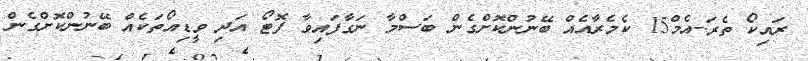
ރައިކޯ ތެރަ-އެމް15 ކެމެރާއެއް ބޭނުންކޮށްގެން ބަސްމާ ނަގާފައިވާ ފޮޓޯ އަދި ވީޑިއޯތަކެއް ބޭނުންކޮށްގެން